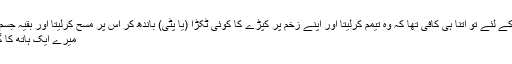
اس شخص کے لئے تو اتنا ہی کافی تھا کہ وہ تیمم کرلیتا اور اپنے زخم پر کپڑے کا کوئی ٹکڑا (یا پٹی) باندھ کر اس پر مسح کرلیتا اور بقیہ جسم کو دھو لیتا
میرے ایک ہاتھ کا گٹا ٹوٹ گیا۔